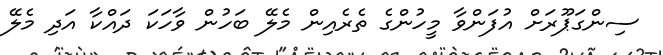
ސިންގަޕޫރަށް އުފަންވާ މީހުންގެ ތެރެއިން މެލޭ ބަހުން ވާހަކަ ދައްކާ އަދި މެލޭ